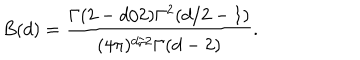
LaTeX: B ( d ) = \frac { \Gamma ( 2 - d / 2 ) \Gamma ^ { 2 } ( d / 2 - 1 ) } { ( 4 \pi ) ^ { d / 2 } \Gamma ( d - 2 ) } .